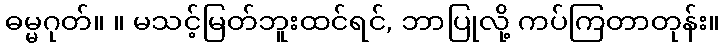
ဓမ္မဂုတ်။ ။ မသင့်မြတ်ဘူးထင်ရင်, ဘာပြုလို့ ကပ်ကြတာတုန်း။